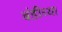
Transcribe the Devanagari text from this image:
बंडीच्या